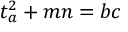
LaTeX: t _ { a } ^ { 2 } + m n = b c